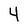
Character: 4